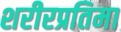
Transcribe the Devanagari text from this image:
शरीरप्रतिमा